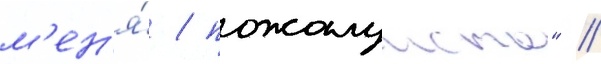
м'ен'я́ / пожалуиста" //